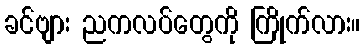
ခင်ဗျား ညကလပ်တွေကို ကြိုက်လား။